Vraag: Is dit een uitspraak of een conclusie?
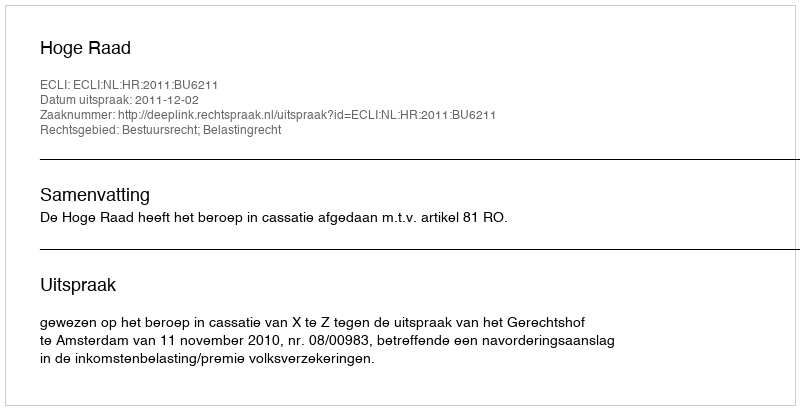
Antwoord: Uitspraak